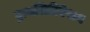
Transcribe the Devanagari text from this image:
ट्रायलिटिरेशन